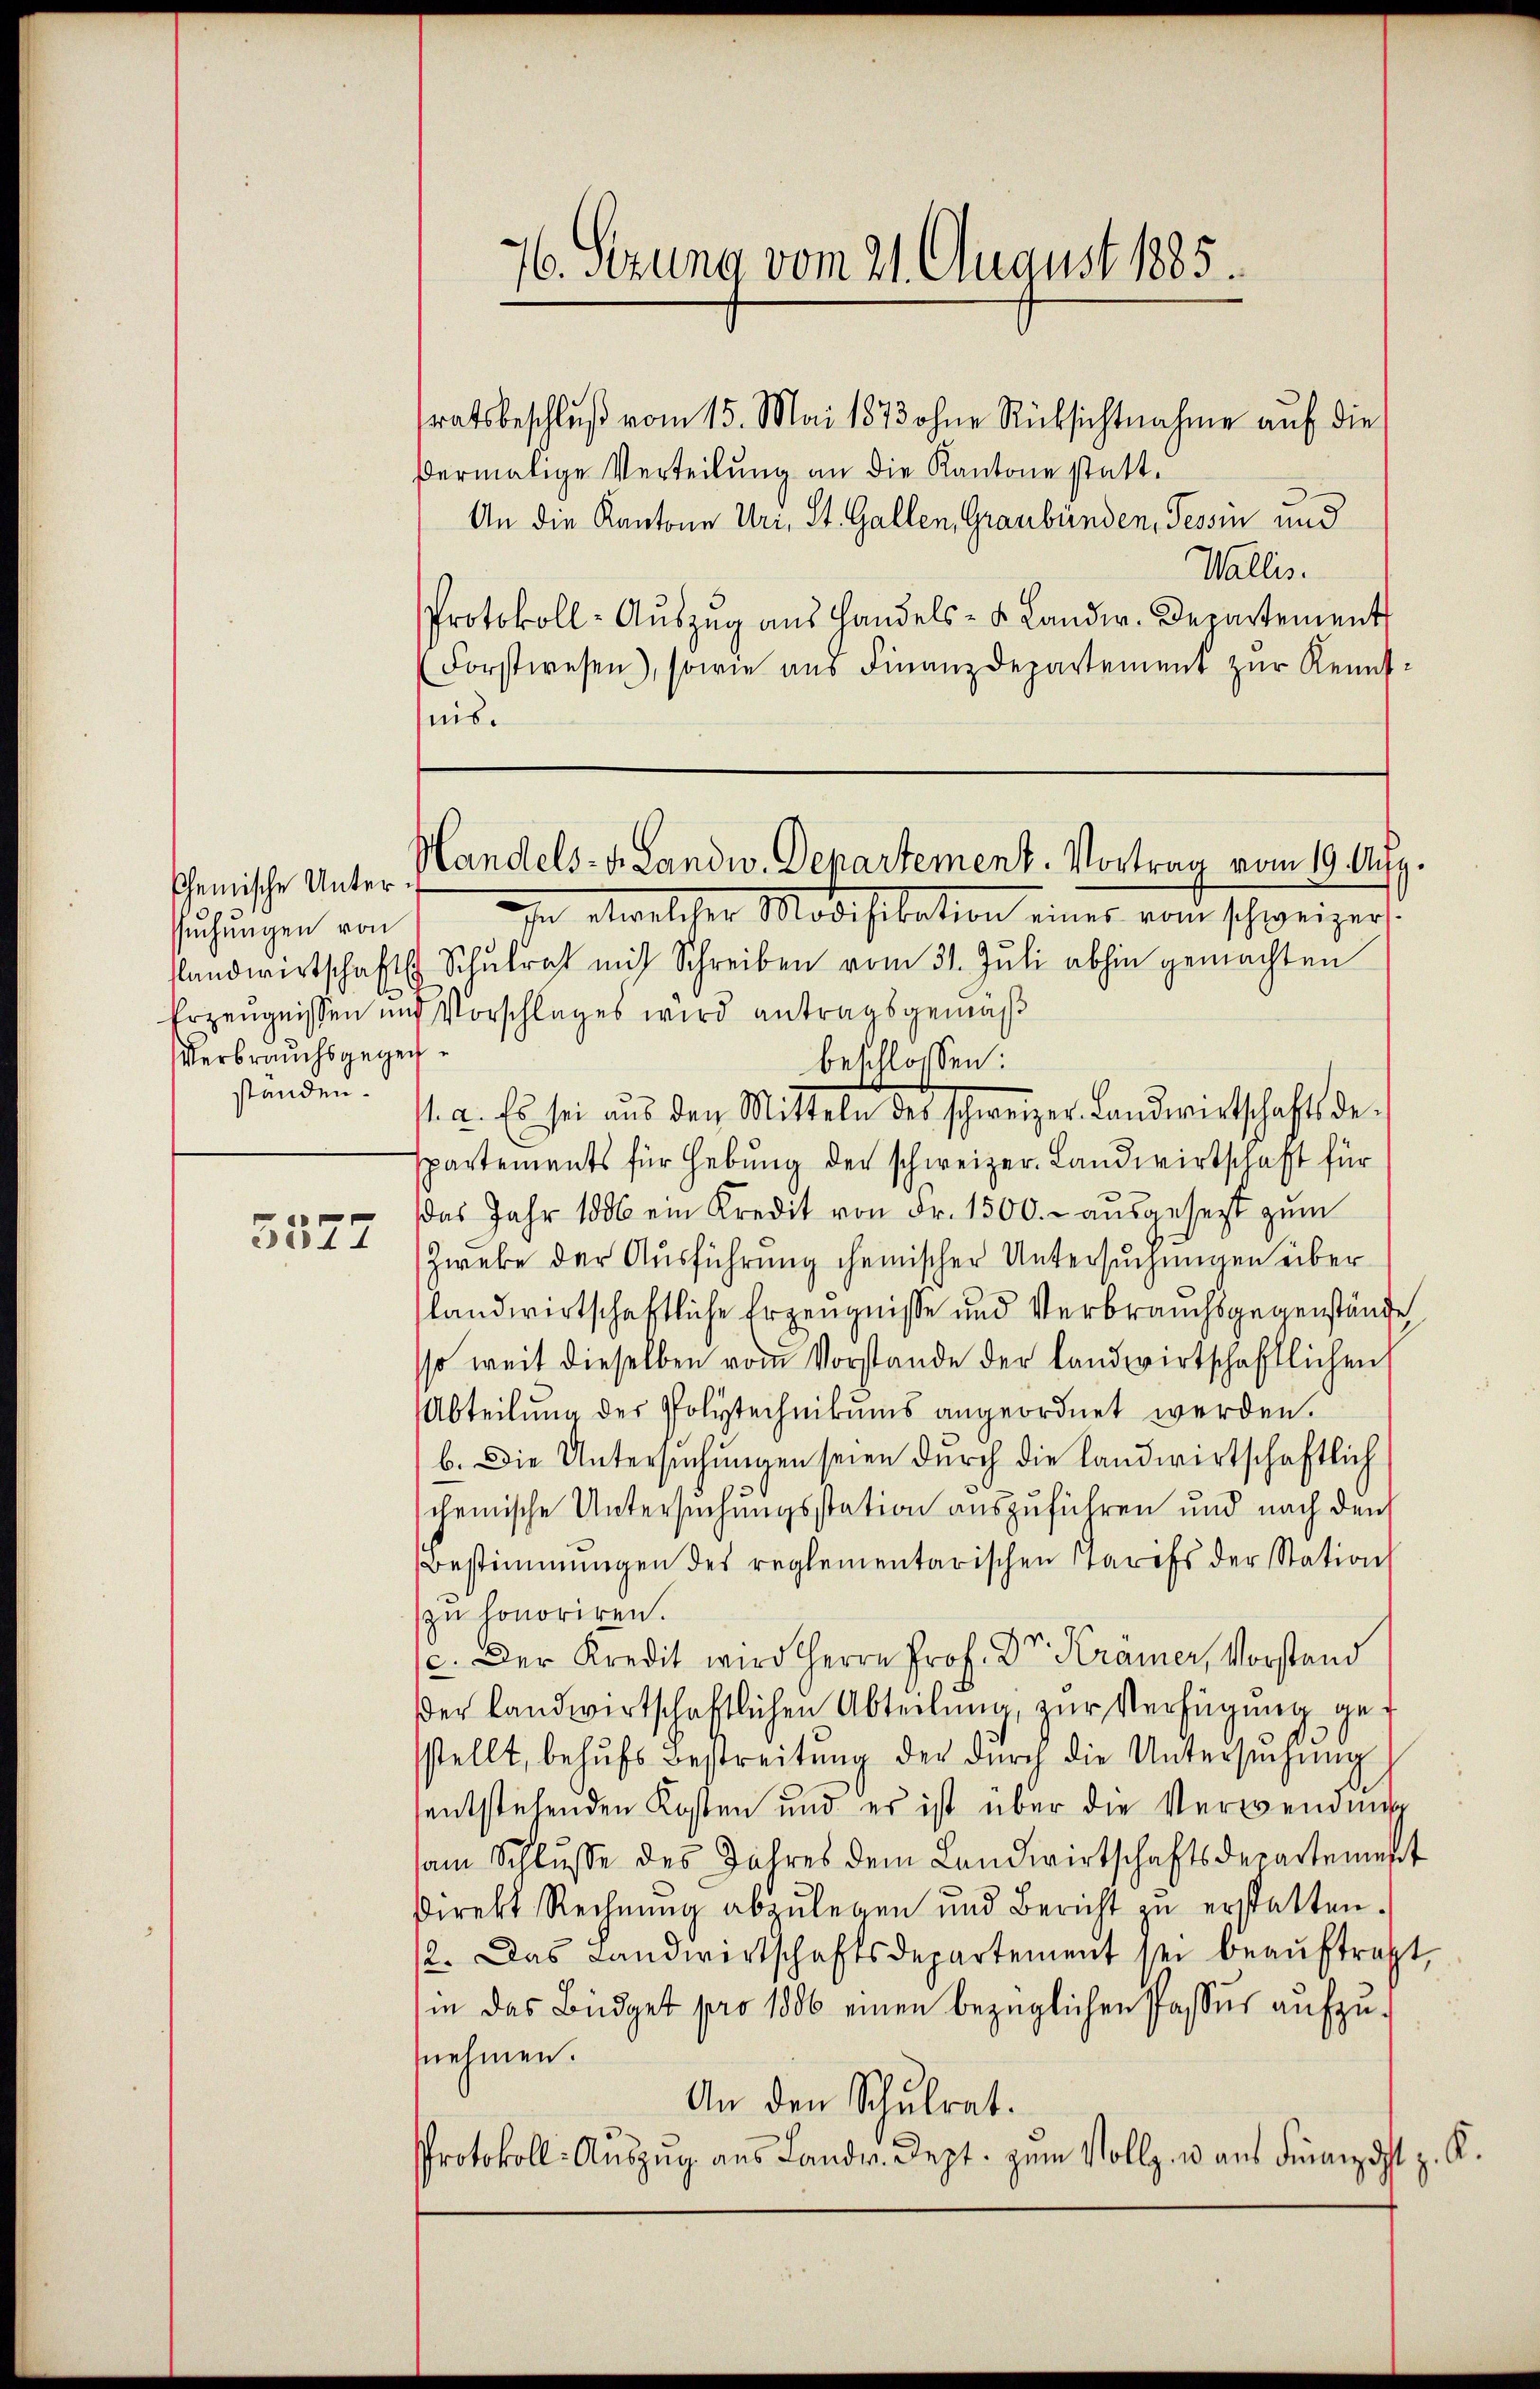
suchungen von
landwirtschaft
Verbrauchsgegenstanden.

3377

76. Sitzung vom 21. August 1885.

stratsbeschluß vom 15. Mai 1873 ohne Rücksichtnahme auf die
dermalige Verteilung an die Kantone statt.
An die Kantone Uri, St. Gallen, Graubünden, Tessin und
Wallis.
Protokoll-Aŭszŭg ans Handels- u. Landw. Departement
Forstwesen), sowie aus Finanzdepartement zur Kenntnis.
n etwelcher Modifikation eines vom schweizer,
 Schulrat mit Schreiben vom 31. Juli abhin gemachten
Erzeugnissen und Vorschlages wird antragsgemäß
beschlossen:
1. a. Es sei aŭs den Mitteln des schweizer. Landwirtschaftsde-
spartements für Hebung der schweizer. Landwirtschaft für
das Jahr 1886 ein Kredit von Fr. 1500.- ausgesetzt zum
Zweke der Ausführung chemischer Untersuchungen überslandwirtschaftliche Erzeugnisse und Verbrauchsgegenstände
so weit dieselben vom Vorstande der landwirtschaftlichen
Abteilung des Polytechnikums angeordnet werden.
b. Die Untersŭchŭngen seien durch die landwirtschaftlich
chemische Untersuchungsstation auszuführen und nach den
Bestimmungen des reglementarischen Tarifs der Station
zu honoriren.
c. Der Kredit wird Herrn Prof. Dr. Krämer, Vorstand
der Landwirtschaftlichen Abteilung, zur Verfügung gesstellt, behŭfs Bestreitŭng der dŭrch die Untersŭchŭng
sentstehenden Kosten und es ist über die Verwendung
sam Schlŭsse des Jahres dem Landwirtschaftsdepartement
direkt Rechnŭng abzŭlegen und Bericht zŭ erstatten.
12. Das Landwirtschaftsdepartement sei beauftragt,
in das Büdget pro 1886 einen bezüglichen Passus aufzunehmen.
An den Schulrat.
Protokoll- Auszug aus Landr. Sept. zum Vollz. u. aus Finanz ist z. K.

scheinische Unter-Handels- v. Landw. Departement. Vortrag vom 19. Aufg.